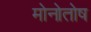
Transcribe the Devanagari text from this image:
मोनोतोष